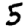
Digit: 5